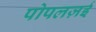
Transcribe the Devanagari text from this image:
पोपलज़ई